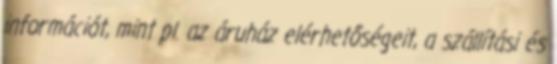
információt, mint pl. az áruház elérhetőségeit, a szállítási és